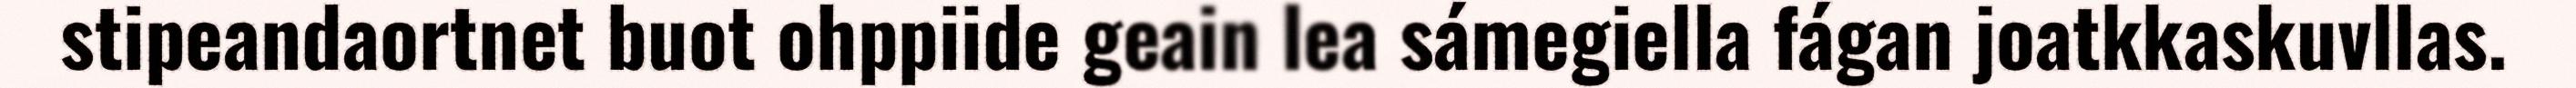
stipeandaortnet buot ohppiide geain lea sámegiella fágan joatkkaskuvllas.